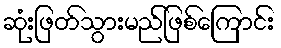
ဆုံးဖြတ်သွားမည်ဖြစ်ကြောင်း